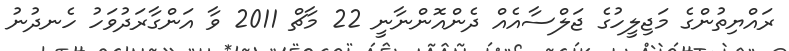
ރައްޔިތުންގެ މަޖިލީހުގެ ޖަލްސާއެއް ދެންއޮންނާނީ 22 މާޗް 2011 ވާ އަންގާރަދުވަހު ހެނދުނު